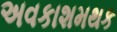
અવકાશમથક